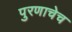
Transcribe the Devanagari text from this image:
पुरणाचेच